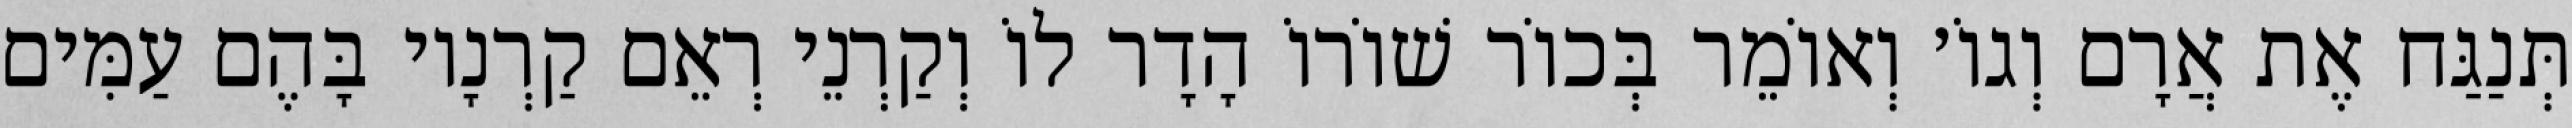
תְּנַגַּח אֶת אֲרָם וְגוֹ׳ וְאוֹמֵר בְּכוֹר שׁוֹרוֹ הָדָר לוֹ וְקַרְנֵי רְאֵם קַרְנָיו בָּהֶם עַמִּים